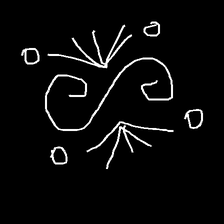
Glyph: aeroform